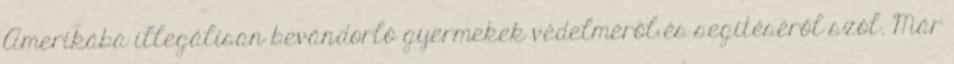
Amerikába illegálisan bevándorló gyermekek védelméről és segítéséről szól. Már